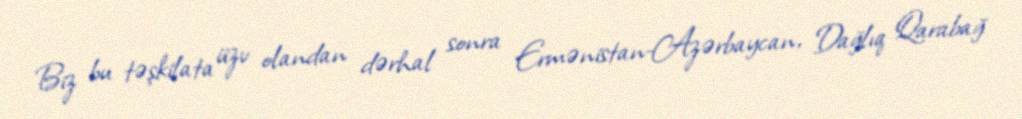
Biz bu təşkilata üzv olandan dərhal sonra Ermənistan-Azərbaycan, Dağlıq Qarabağ